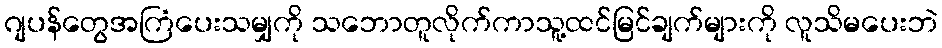
ဂျပန်တွေအကြံပေးသမျှကို သဘောတူလိုက်ကာသူ့ထင်မြင်ချက်များကို လူသိမပေးဘဲ